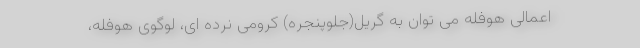
اعمالی هوفله می توان به گریل(جلوپنجره) کرومی نرده ای، لوگوی هوفله،